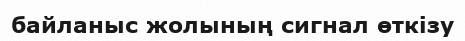
байланыс жолының сигнал өткізу